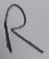
Text: R